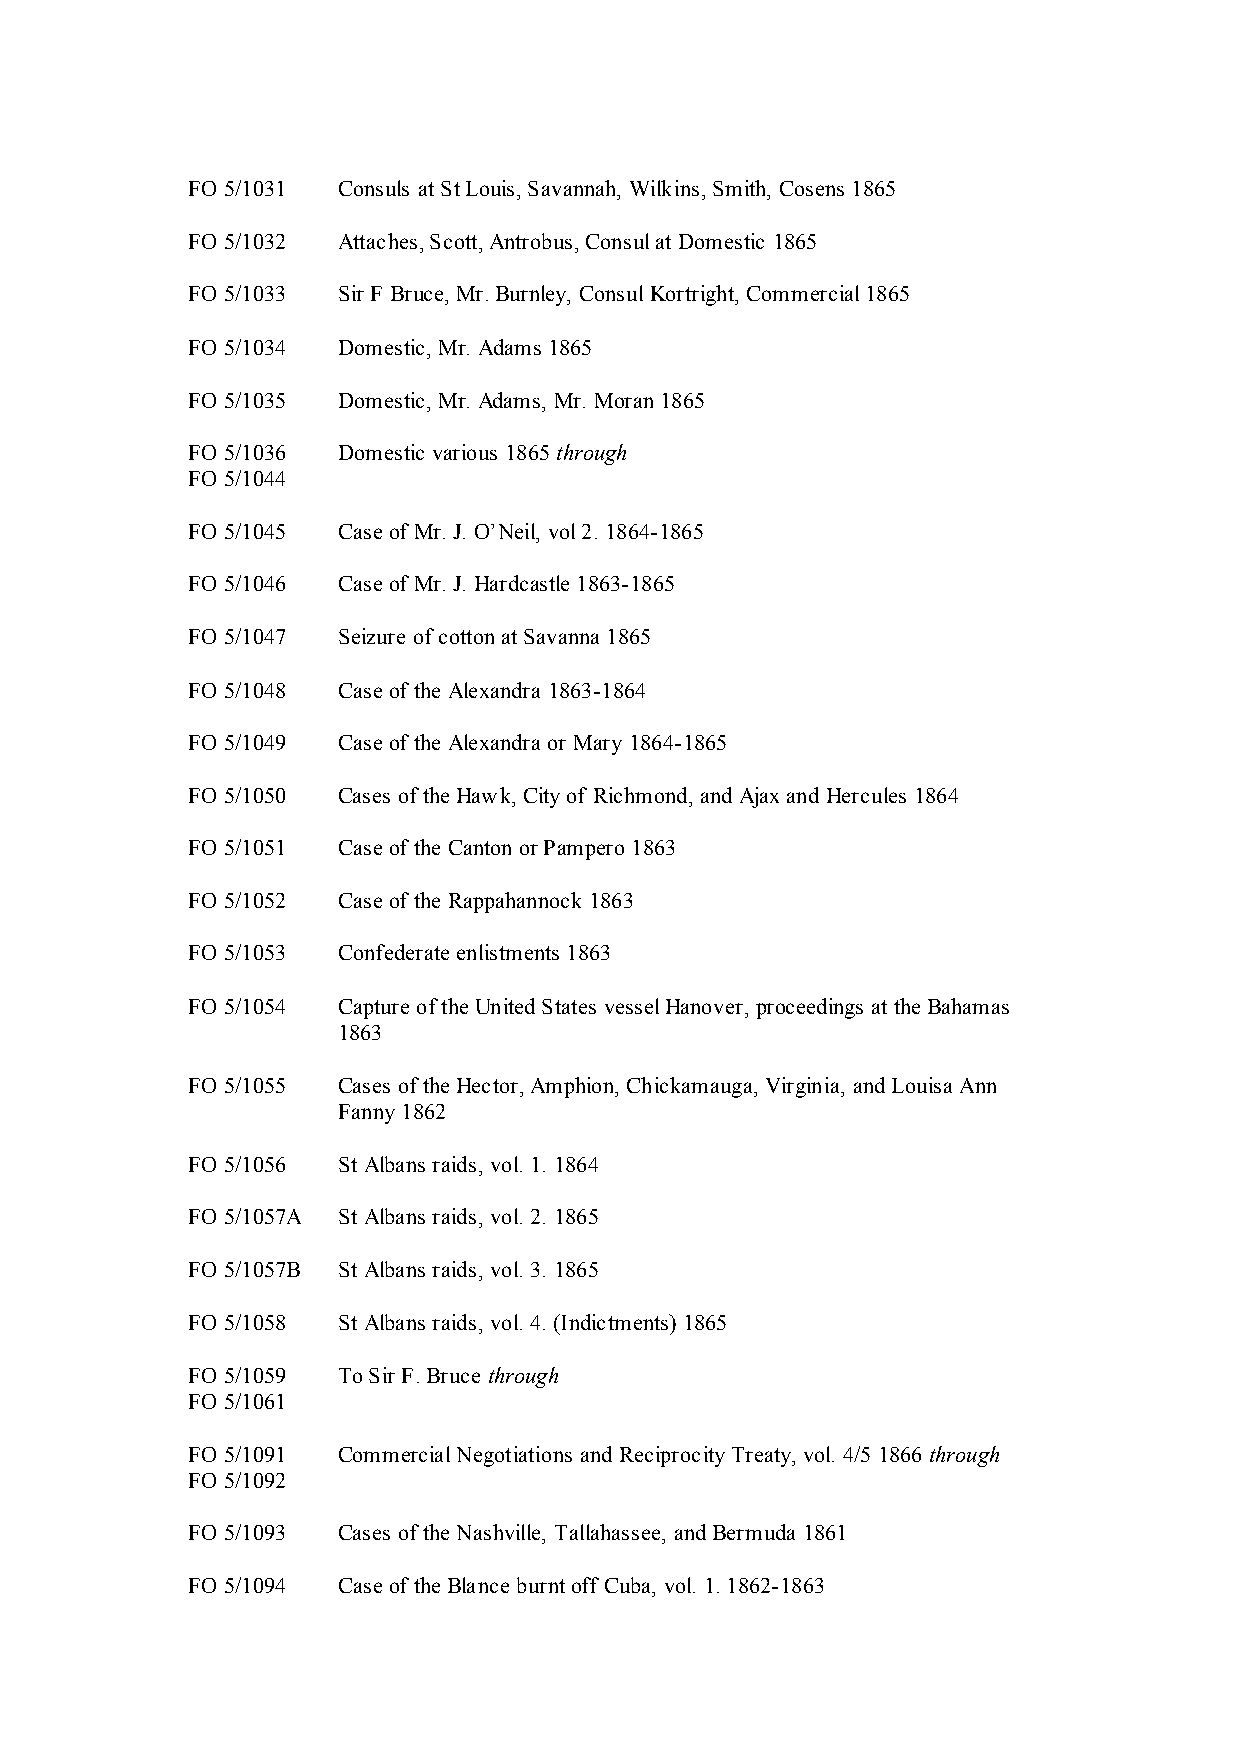
FO 5/1031 Consuls at St Louis, Savannah, Wilkins, Smith, Cosens 1865
 FO 5/1032 Attaches, Scott, Antrobus, Consul at Domestic 1865
 FO 5/1033 Sir F Bruce, Mr. Burnley, Consul Kortright, Commercial 1865
 FO 5/1034 Domestic, Mr. Adams 1865
 FO 5/1035 Domestic, Mr. Adams, Mr. Moran 1865
 FO 5/1036 Domestic various 1865 through
 FO 5/1044
 FO 5/1045 Case of Mr. J. O’Neil, vol 2. 1864-1865
 FO 5/1046 Case of Mr. J. Hardcastle 1863-1865
 FO 5/1047 Seizure of cotton at Savanna 1865
 FO 5/1048 Case of the Alexandra 1863-1864
 FO 5/1049 Case of the Alexandra or Mary 1864-1865
 FO 5/1050 Cases of the Hawk, City of Richmond, and Ajax and Hercules 1864
 FO 5/1051 Case of the Canton or Pampero 1863
 FO 5/1052 Case of the Rappahannock 1863
 FO 5/1053 Confederate enlistments 1863
 FO 5/1054 Capture of the United States vessel Hanover, proceedings at the Bahamas
 1863
 FO 5/1055 Cases of the Hector, Amphion, Chickamauga, Virginia, and Louisa Ann
 Fanny 1862
 FO 5/1056 St Albans raids, vol. 1. 1864
 FO 5/1057A St Albans raids, vol. 2. 1865
 FO 5/1057B St Albans raids, vol. 3. 1865
 FO 5/1058 St Albans raids, vol. 4. (Indictments) 1865
 FO 5/1059 To Sir F. Bruce through
 FO 5/1061
 FO 5/1091 Commercial Negotiations and Reciprocity Treaty, vol. 4/5 1866 through
 FO 5/1092
 FO 5/1093 Cases of the Nashville, Tallahassee, and Bermuda 1861
 FO 5/1094 Case of the Blance burnt off Cuba, vol. 1. 1862-1863